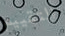
التقييم